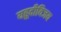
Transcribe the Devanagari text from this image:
यहूदीविजय